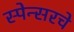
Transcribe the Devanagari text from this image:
स्पेन्सरचे